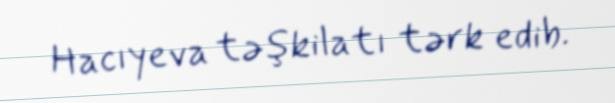
Hacıyeva təşkilatı tərk edib.